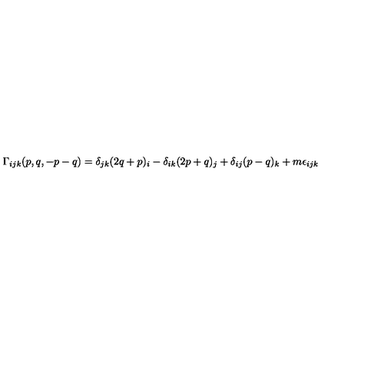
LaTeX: \Gamma _ { i j k } ( p , q , - p - q ) = \delta _ { j k } ( 2 q + p ) _ { i } - \delta _ { i k } ( 2 p + q ) _ { j } + \delta _ { i j } ( p - q ) _ { k } + m \epsilon _ { i j k }